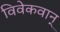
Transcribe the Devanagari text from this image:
विवेकवान्